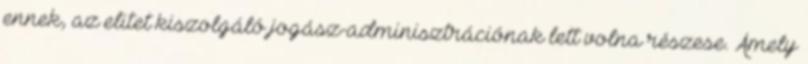
ennek, az elitet kiszolgáló jogász-adminisztrációnak lett volna részese. Amely